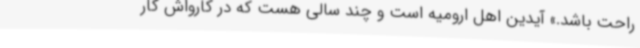
راحت باشد.» آیدین اهل ارومیه است و چند سالی هست که در کارواش کار